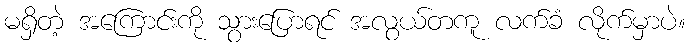
မရှိတဲ့ အကြောင်းကို သွားပြောရင် အလွယ်တကူ လက်ခံ လိုက်မှာပဲ။